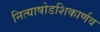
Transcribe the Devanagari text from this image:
नित्याषोडशिकार्णव